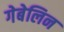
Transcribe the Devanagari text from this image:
गेबेलिन